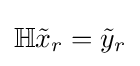
\mathbb {H} {\tilde {x}}_{r}={\tilde {y}}_{r}